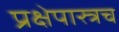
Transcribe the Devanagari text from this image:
प्रक्षेपास्त्रच